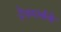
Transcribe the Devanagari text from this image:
ट्रेडमार्कके